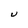
Character: U